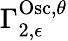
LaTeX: \Gamma_{2,\epsilon}^{\mathrm{Osc},\theta}